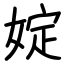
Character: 婝